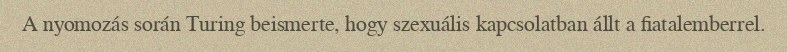
A nyomozás során Turing beismerte, hogy szexuális kapcsolatban állt a fiatalemberrel.